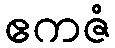
ဧကဇံ